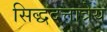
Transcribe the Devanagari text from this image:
सिद्धदत्तात्रेय